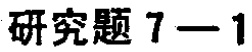
研究题 7—1